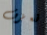
نعزف